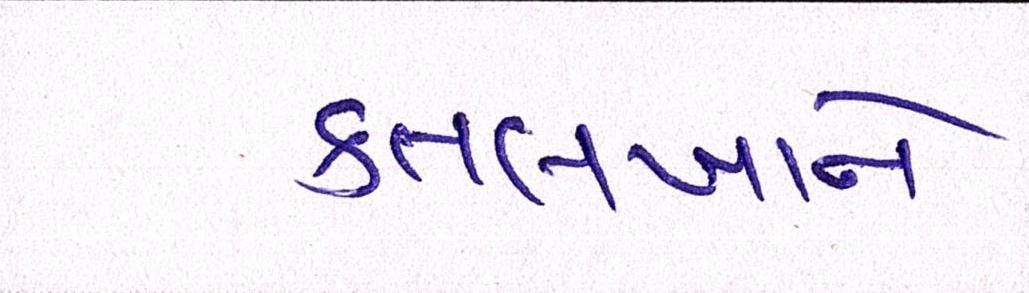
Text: કતલખાને